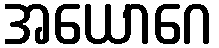
အယောဂေ